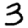
Digit: 3